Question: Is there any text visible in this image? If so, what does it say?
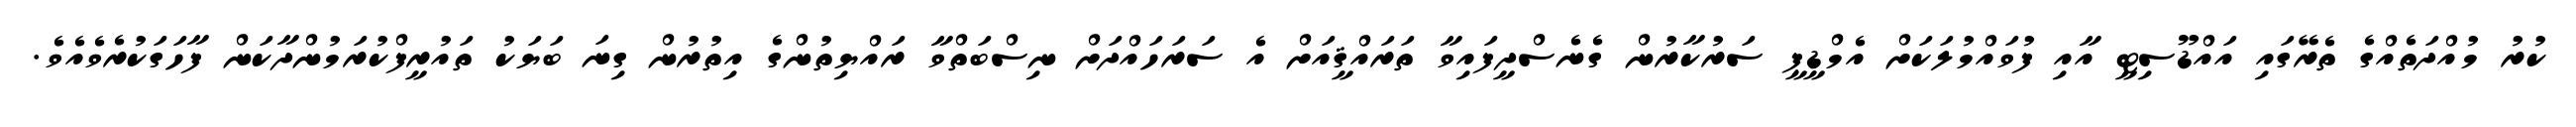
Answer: ކުރު މުއްދަތެއްގެ ތެރޭގައި އައްޑޫސިޓީ އާއި ފުވައްމުލަކަށް އެމްޑީޕީ ސަރުކާރުން ގެނެސްދީފައިވާ ތަރައްޤީއަށް އެ ސަރަހައްދަށް ނިސްބަތްވާ ރައްޔިތުންގެ އިތުރުން ގިނަ ބަޔަކު ތައުރީފްކުރަމުންދާކަން ފާހަގަކުރެވެއެވެ.